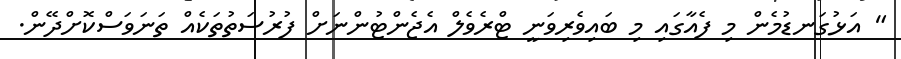
" އަޅުގަނޑުމެން މި ފެއާގައި މި ބައިވެރިވަނީ ޓްރެވެލް އެޖެންޓުންނަށް ފުރުސަތުތަކެއް ތަނަވަސްކޮށްދޭން.